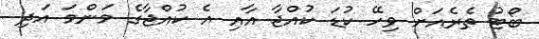
ބޯޓު ތެރެއަށް ވިހޭ ކުޑަ ކުއްޖާ އާއި އެ ކުއްޖާގެ މަންމަ އަދި